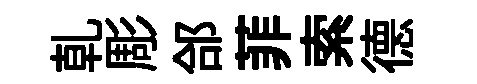
乹彫郃菲索德